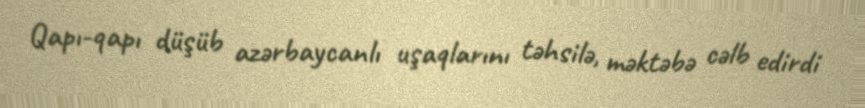
Qapı-qapı düşüb azərbaycanlı uşaqlarını təhsilə, məktəbə cəlb edirdi